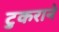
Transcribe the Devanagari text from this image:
टुकराने